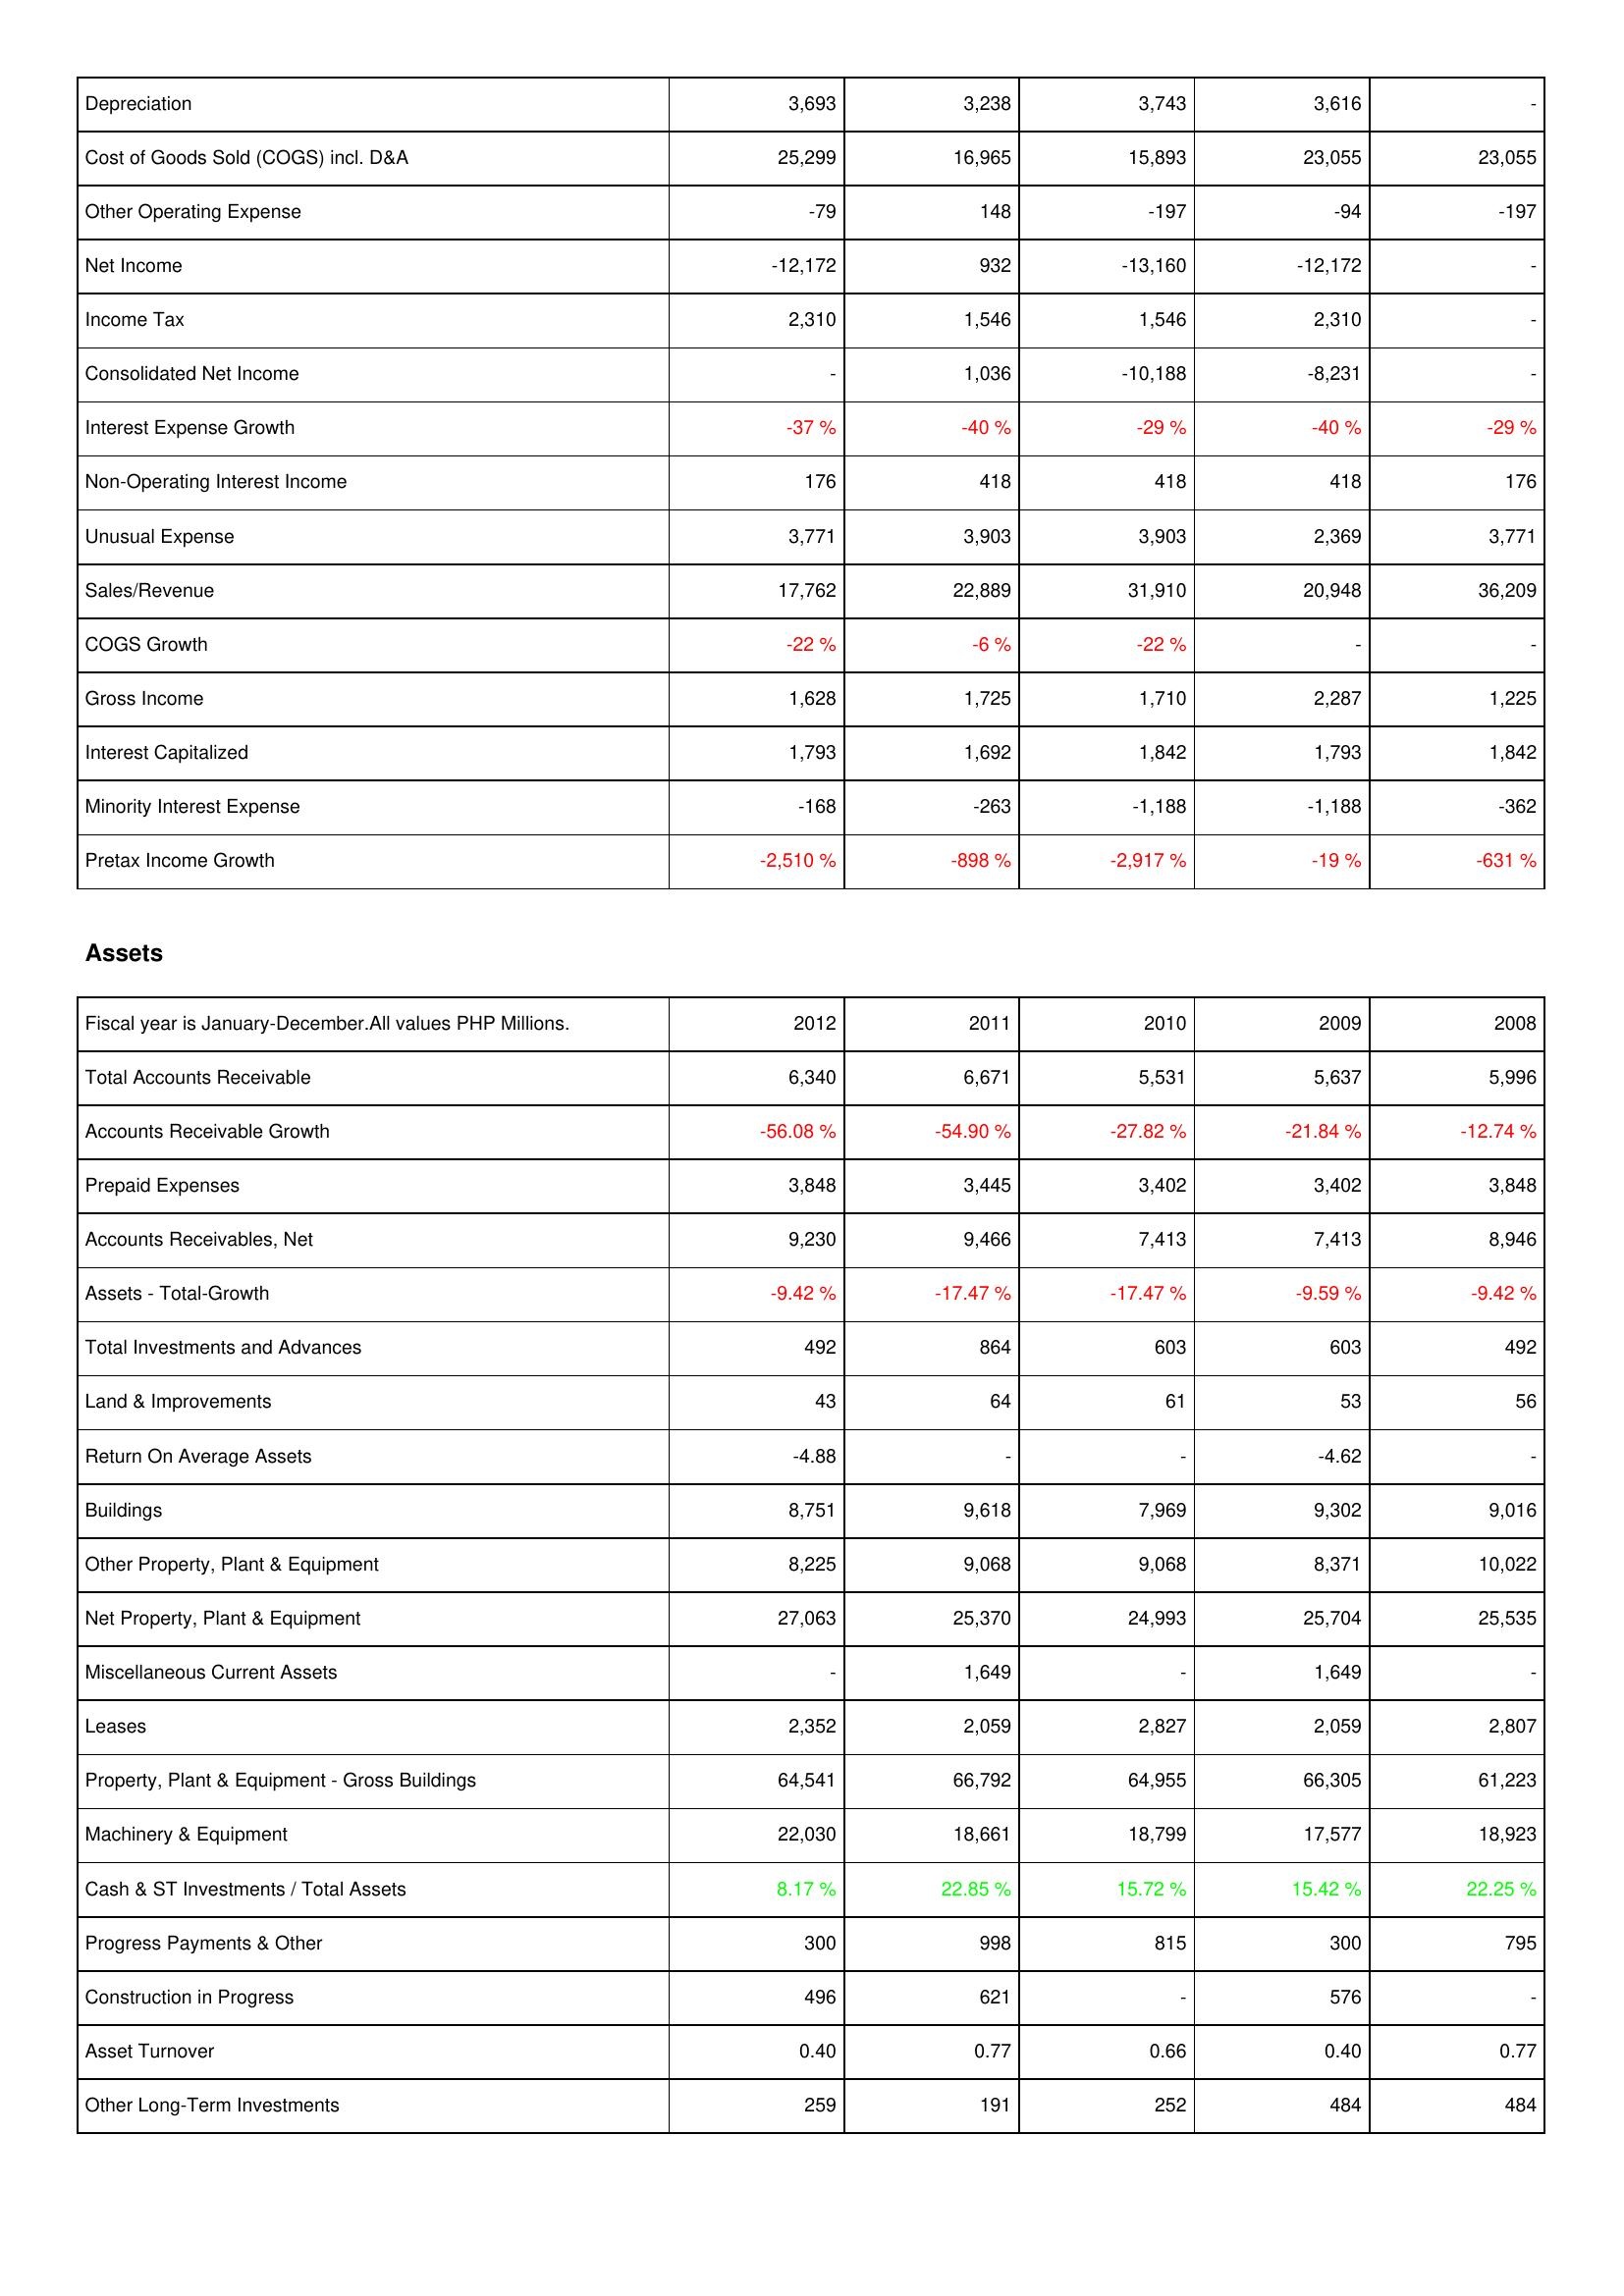
2012: Income Statement: Depreciation: 3,693
Cost of Goods Sold (COGS) incl. D&A: 25,299
Other Operating Expense: -79
Net Income: -12,172
Income Tax: 2,310
Consolidated Net Income: -
Interest Expense Growth: -37 %
Non-Operating Interest Income: 176
Unusual Expense: 3,771
Sales/Revenue: 17,762
COGS Growth: -22 %
Gross Income: 1,628
Interest Capitalized: 1,793
Minority Interest Expense: -168
Pretax Income Growth: -2,510 %
Assets: Total Accounts Receivable: 6,340
Accounts Receivable Growth: -56.08 %
Prepaid Expenses: 3,848
Accounts Receivables, Net: 9,230
Assets - Total-Growth: -9.42 %
Total Investments and Advances: 492
Land & Improvements: 43
Return On Average Assets: -4.88
Buildings: 8,751
Other Property, Plant & Equipment: 8,225
Net Property, Plant & Equipment: 27,063
Miscellaneous Current Assets: -
Leases: 2,352
Property, Plant & Equipment - Gross Buildings: 64,541
Machinery & Equipment: 22,030
Cash & ST Investments / Total Assets: 8.17 %
Progress Payments & Other: 300
Construction in Progress: 496
Asset Turnover: 0.40
Other Long-Term Investments: 259
2011: Income Statement: Depreciation: 3,238
Cost of Goods Sold (COGS) incl. D&A: 16,965
Other Operating Expense: 148
Net Income: 932
Income Tax: 1,546
Consolidated Net Income: 1,036
Interest Expense Growth: -40 %
Non-Operating Interest Income: 418
Unusual Expense: 3,903
Sales/Revenue: 22,889
COGS Growth: -6 %
Gross Income: 1,725
Interest Capitalized: 1,692
Minority Interest Expense: -263
Pretax Income Growth: -898 %
Assets: Total Accounts Receivable: 6,671
Accounts Receivable Growth: -54.90 %
Prepaid Expenses: 3,445
Accounts Receivables, Net: 9,466
Assets - Total-Growth: -17.47 %
Total Investments and Advances: 864
Land & Improvements: 64
Return On Average Assets: -
Buildings: 9,618
Other Property, Plant & Equipment: 9,068
Net Property, Plant & Equipment: 25,370
Miscellaneous Current Assets: 1,649
Leases: 2,059
Property, Plant & Equipment - Gross Buildings: 66,792
Machinery & Equipment: 18,661
Cash & ST Investments / Total Assets: 22.85 %
Progress Payments & Other: 998
Construction in Progress: 621
Asset Turnover: 0.77
Other Long-Term Investments: 191
2010: Income Statement: Depreciation: 3,743
Cost of Goods Sold (COGS) incl. D&A: 15,893
Other Operating Expense: -197
Net Income: -13,160
Income Tax: 1,546
Consolidated Net Income: -10,188
Interest Expense Growth: -29 %
Non-Operating Interest Income: 418
Unusual Expense: 3,903
Sales/Revenue: 31,910
COGS Growth: -22 %
Gross Income: 1,710
Interest Capitalized: 1,842
Minority Interest Expense: -1,188
Pretax Income Growth: -2,917 %
Assets: Total Accounts Receivable: 5,531
Accounts Receivable Growth: -27.82 %
Prepaid Expenses: 3,402
Accounts Receivables, Net: 7,413
Assets - Total-Growth: -17.47 %
Total Investments and Advances: 603
Land & Improvements: 61
Return On Average Assets: -
Buildings: 7,969
Other Property, Plant & Equipment: 9,068
Net Property, Plant & Equipment: 24,993
Miscellaneous Current Assets: -
Leases: 2,827
Property, Plant & Equipment - Gross Buildings: 64,955
Machinery & Equipment: 18,799
Cash & ST Investments / Total Assets: 15.72 %
Progress Payments & Other: 815
Construction in Progress: -
Asset Turnover: 0.66
Other Long-Term Investments: 252
2009: Income Statement: Depreciation: 3,616
Cost of Goods Sold (COGS) incl. D&A: 23,055
Other Operating Expense: -94
Net Income: -12,172
Income Tax: 2,310
Consolidated Net Income: -8,231
Interest Expense Growth: -40 %
Non-Operating Interest Income: 418
Unusual Expense: 2,369
Sales/Revenue: 20,948
COGS Growth: -
Gross Income: 2,287
Interest Capitalized: 1,793
Minority Interest Expense: -1,188
Pretax Income Growth: -19 %
Assets: Total Accounts Receivable: 5,637
Accounts Receivable Growth: -21.84 %
Prepaid Expenses: 3,402
Accounts Receivables, Net: 7,413
Assets - Total-Growth: -9.59 %
Total Investments and Advances: 603
Land & Improvements: 53
Return On Average Assets: -4.62
Buildings: 9,302
Other Property, Plant & Equipment: 8,371
Net Property, Plant & Equipment: 25,704
Miscellaneous Current Assets: 1,649
Leases: 2,059
Property, Plant & Equipment - Gross Buildings: 66,305
Machinery & Equipment: 17,577
Cash & ST Investments / Total Assets: 15.42 %
Progress Payments & Other: 300
Construction in Progress: 576
Asset Turnover: 0.40
Other Long-Term Investments: 484
2008: Income Statement: Depreciation: -
Cost of Goods Sold (COGS) incl. D&A: 23,055
Other Operating Expense: -197
Net Income: -
Income Tax: -
Consolidated Net Income: -
Interest Expense Growth: -29 %
Non-Operating Interest Income: 176
Unusual Expense: 3,771
Sales/Revenue: 36,209
COGS Growth: -
Gross Income: 1,225
Interest Capitalized: 1,842
Minority Interest Expense: -362
Pretax Income Growth: -631 %
Assets: Total Accounts Receivable: 5,996
Accounts Receivable Growth: -12.74 %
Prepaid Expenses: 3,848
Accounts Receivables, Net: 8,946
Assets - Total-Growth: -9.42 %
Total Investments and Advances: 492
Land & Improvements: 56
Return On Average Assets: -
Buildings: 9,016
Other Property, Plant & Equipment: 10,022
Net Property, Plant & Equipment: 25,535
Miscellaneous Current Assets: -
Leases: 2,807
Property, Plant & Equipment - Gross Buildings: 61,223
Machinery & Equipment: 18,923
Cash & ST Investments / Total Assets: 22.25 %
Progress Payments & Other: 795
Construction in Progress: -
Asset Turnover: 0.77
Other Long-Term Investments: 484